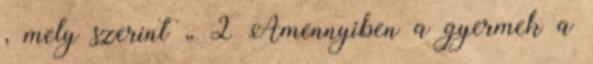
, mely szerint „ 2 Amennyiben a gyermek a